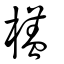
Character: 㯼